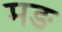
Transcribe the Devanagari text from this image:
मङ